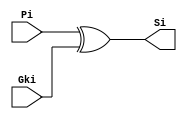
module SumBlock(Pi, Gki, Si);
  input Pi, Gki;
  output Si;
  
  wire Si;
  
  xor(Si, Pi, Gki);
  
endmodule